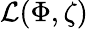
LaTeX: {\mathcal{L}}(\Phi,\zeta)